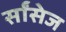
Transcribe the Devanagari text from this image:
र्सांसेज